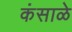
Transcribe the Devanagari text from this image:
कंसाळे